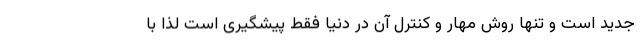
جدید است و تنها روش مهار و کنترل آن در دنیا فقط پیشگیری است لذا با